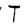
Character: T